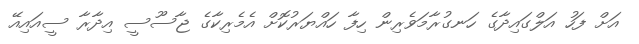
އަށް ފަހު އަލްގައިދާގެ ހަނގުރާމަވެރިން ހިފާ ހައްޔަރުކޮށް އެމެރިކާގެ ޖާސޫސީ އިދާރާ ސީއައިއޭ